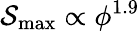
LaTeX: {\mathcal{S}_{\mathrm{max}}\propto\phi^{1.9}}